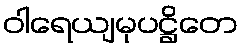
ဝါရေယျမုပဋ္ဌိတေ